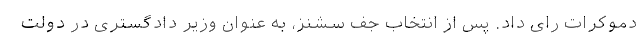
دموکرات رای داد. پس از انتخاب جف سشنز، به عنوان وزیر دادگستری در دولت